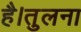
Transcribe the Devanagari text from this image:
है।तुलना